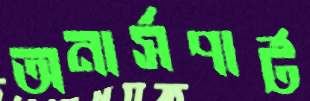
অনার্সপার্ট